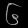
Digit: ၆